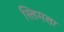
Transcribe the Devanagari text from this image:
स्लिमला